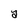
Character: y